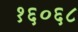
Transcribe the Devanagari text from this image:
१६०६८